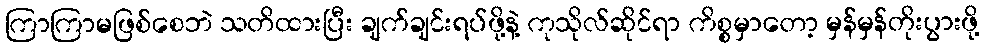
ကြာကြာမဖြစ်စေဘဲ သတိထားပြီး ချက်ချင်းရပ်ဖို့နဲ့ ကုသိုလ်ဆိုင်ရာ ကိစ္စမှာတော့ မှန်မှန်တိုးပွားဖို့